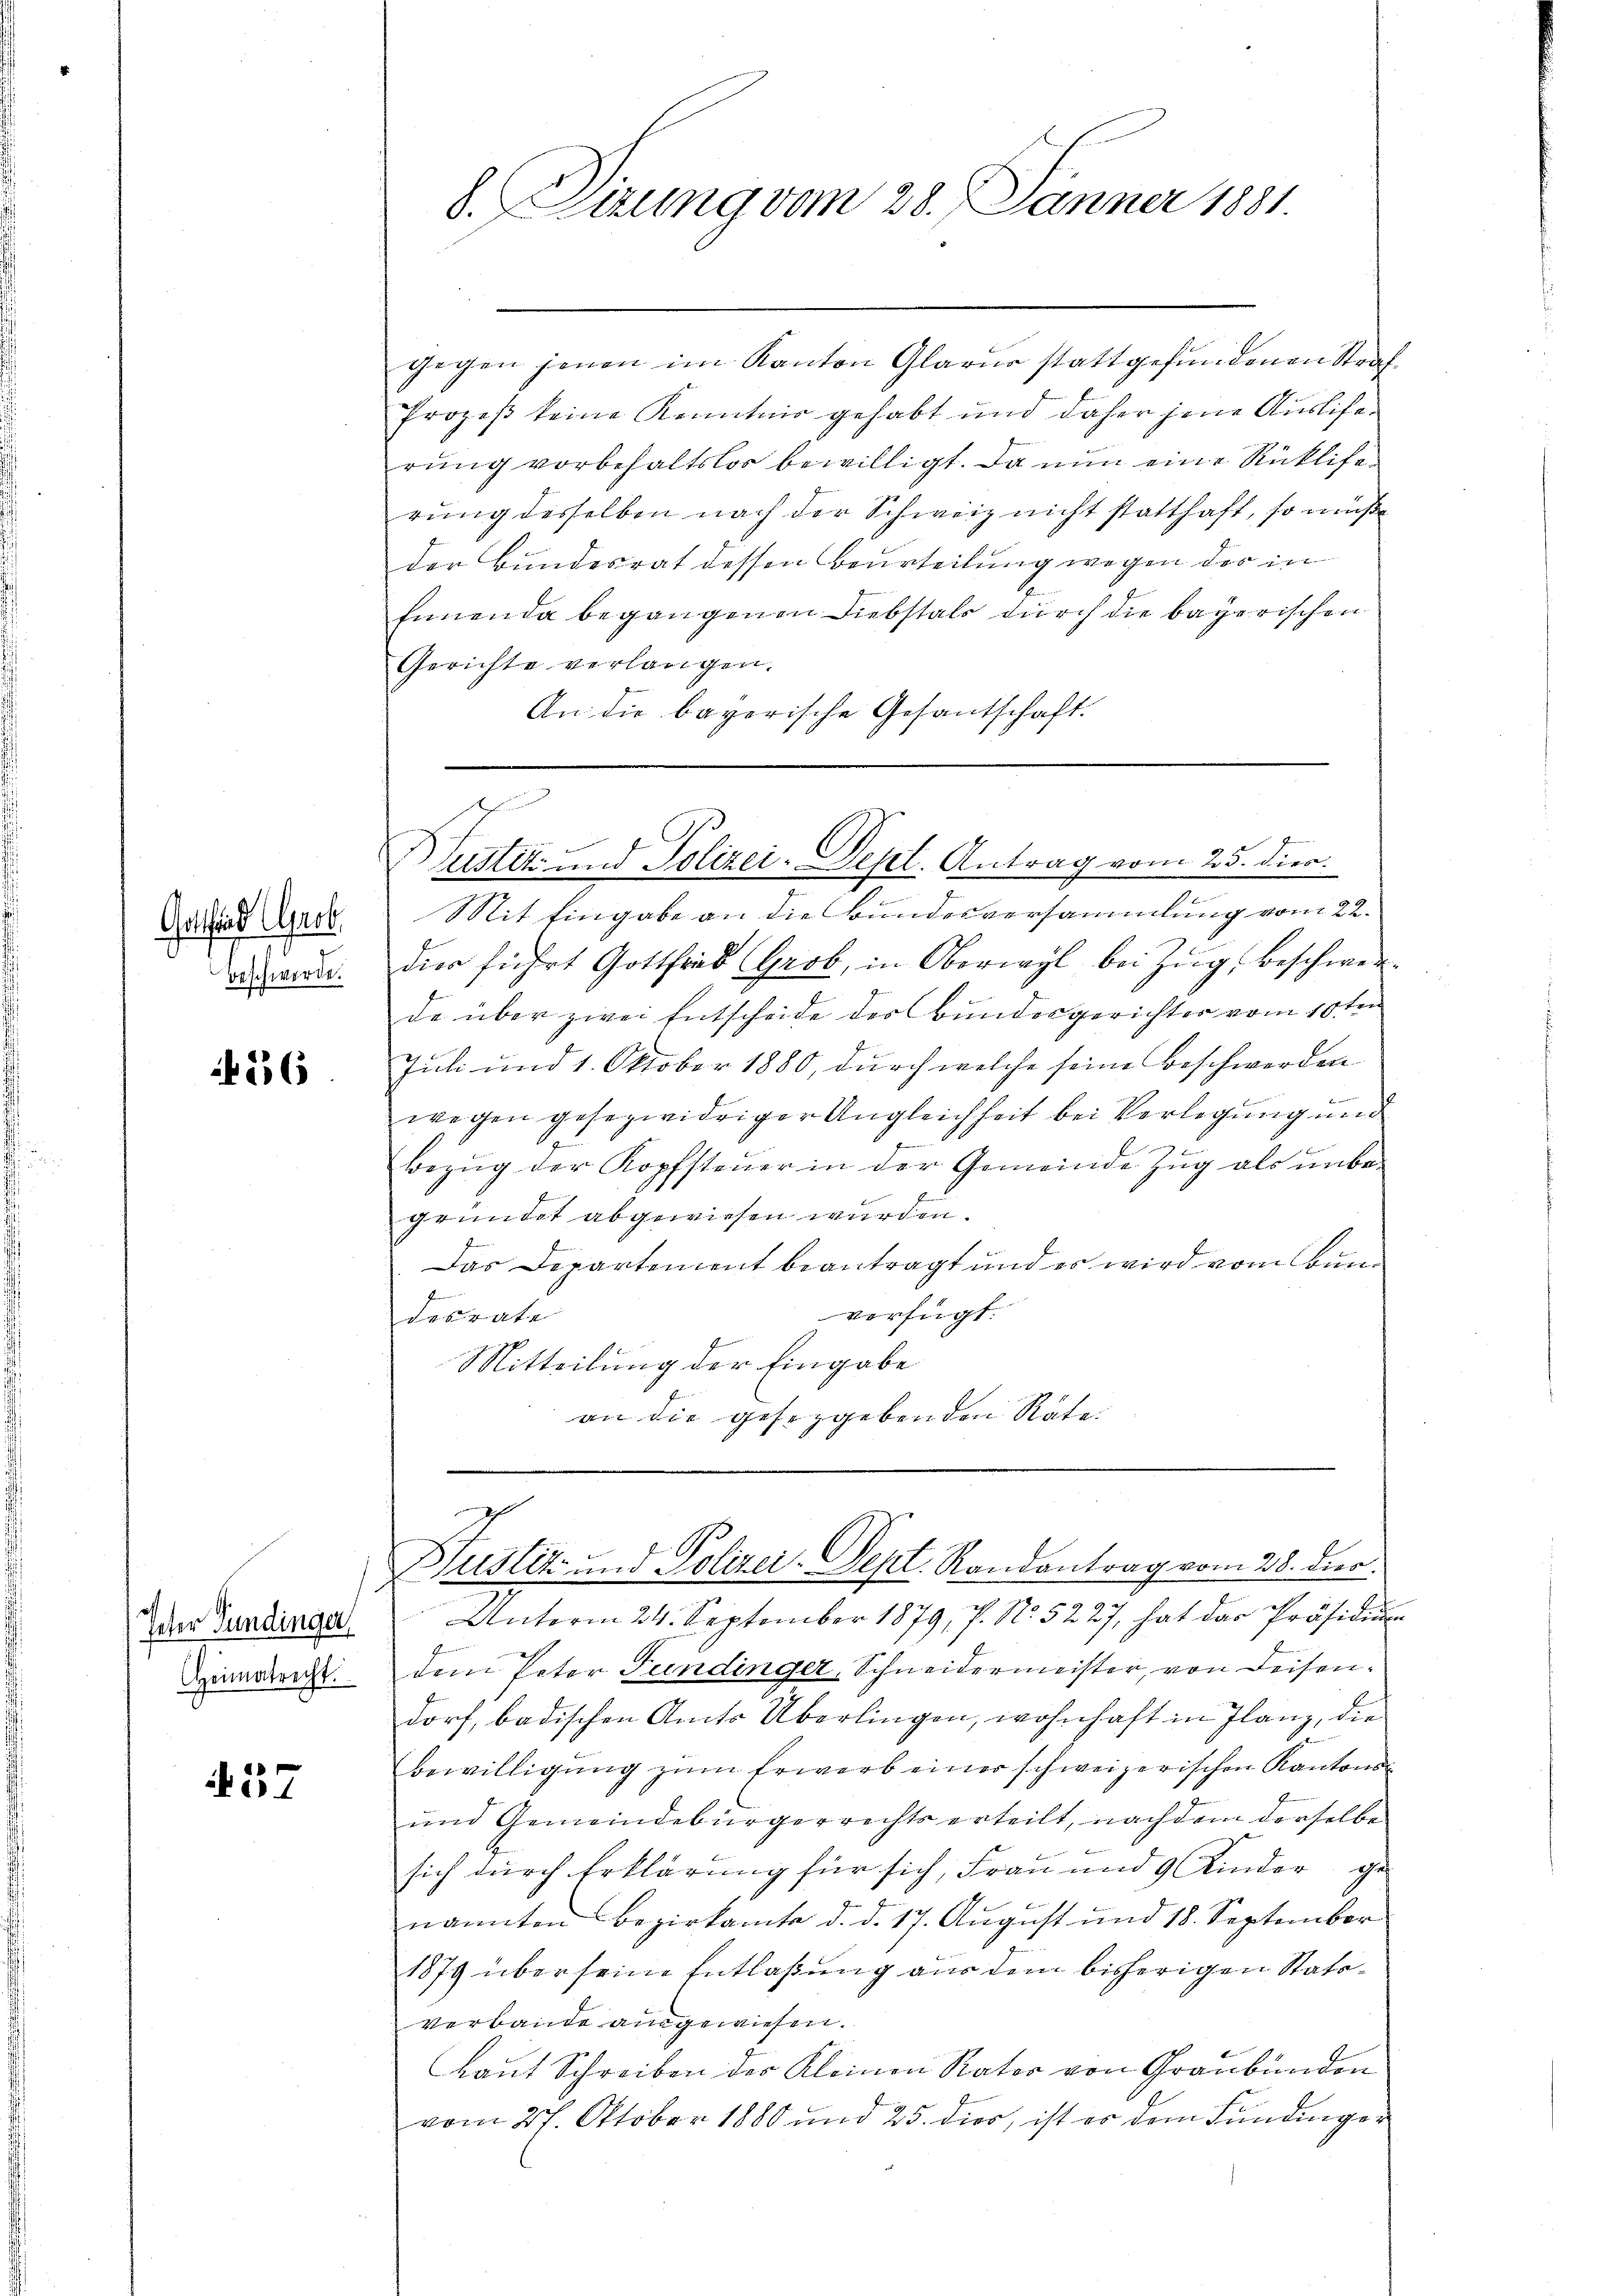
Gottfind Arb
beschwerde.

456

Icter Bundinger
Heimatrecht.

27

gegen jenen im Kanton Glarus stattgefundenen Straf
Prozeß keine Kenntnis gehabt und daher jene Auslierung vorbehaltslos bewilligt. Da nun eine Rückliferŭng desselben nach der Schweiz nicht statthaft, so müß
der Bundesrat dessen Beurteilung wegen des in
Ennenda begangenen Diebstals durch die bayerischen
Gerichte verlangen.
An die bayerische Gesantschaft.

8. Sizung vom 28. Jänner 1881

Blustiz und Polizei-Dept. Antrag vom 25. dies.

Mit Eingabe an die Bundesversammlung vom 22.
dies führt Gottfrid Grob, in Oberwyl bei Zŭg, beschwer
de über zwei Entscheide des Bundesgerichter vom 10ten
Juli und 1. Oktober 1880, durch welche seine Beschwerden
f
wegen gesezwidriger Ungleichheit bei Verlegung und
Bezug der Kopfsteuer in der Gemeinde Zug als unbegründet abgewiesen wurden.
Das Departement beantragt und es wird vom Bunverfügt.
des Pate
Mitteilung der Eingabe
an die gesetzgebenden Rate

Justiz- und Polizei-Sept. Randantrag vom 28. dies

Unterm 24. September 1879, P. No. 5227, hat der Präsidium
dem Peter Fundinger, Schneidermeister, von Reisendorf, badischen Amts Überlingen, wohnhaft in Ilanz, die
Bewilligŭng zŭm Erwarb einer schweizerischen Kantons-
und Gemeindebürgerrechts erteilt, nachdem derselbe
sich durch Erklärung für sich, Frau und 9 Kinder ge
nannten Bezirkamte d. d. 17. August und 18. September
1879 über seine Entlaßung aus dem bisherigen Statoverbande ausgewiesen.
Laut Schreiben des Kleinen Rator von Graubünden
vom 27. Oktober 1880 und 25. dies, ist es dem Fundinger